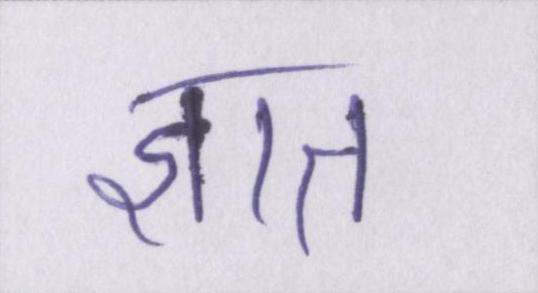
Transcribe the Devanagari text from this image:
ज्ञात